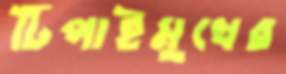
টিপাইমুখের